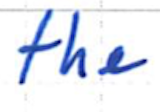
Text: the
Cross-out: clean
Writing tool: ballpoint